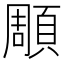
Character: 𮨒